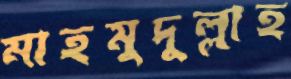
মাহমুদুল্লাহ